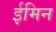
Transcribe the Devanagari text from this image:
ईमिन